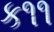
ક૧૧